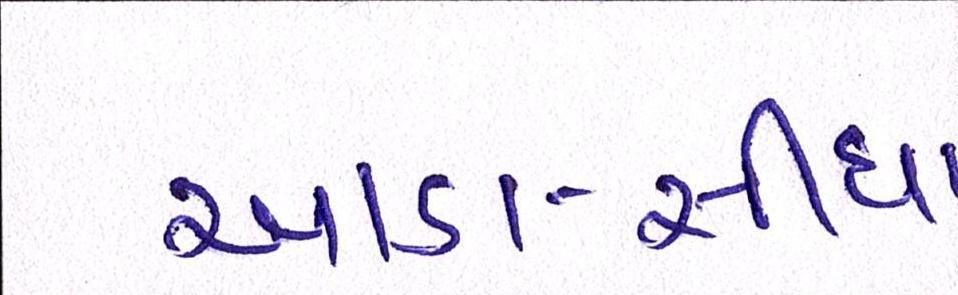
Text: આડા-સીધા